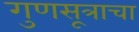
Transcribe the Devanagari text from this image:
गुणसूत्राचा